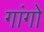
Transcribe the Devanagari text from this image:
गांगो